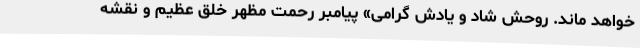
خواهد ماند. روحش شاد و یادش گرامی» پیامبر رحمت مظهر خلق عظیم و نقشه